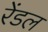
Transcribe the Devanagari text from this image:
रेंडल